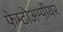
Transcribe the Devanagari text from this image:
फेम्टोअम्पीयर